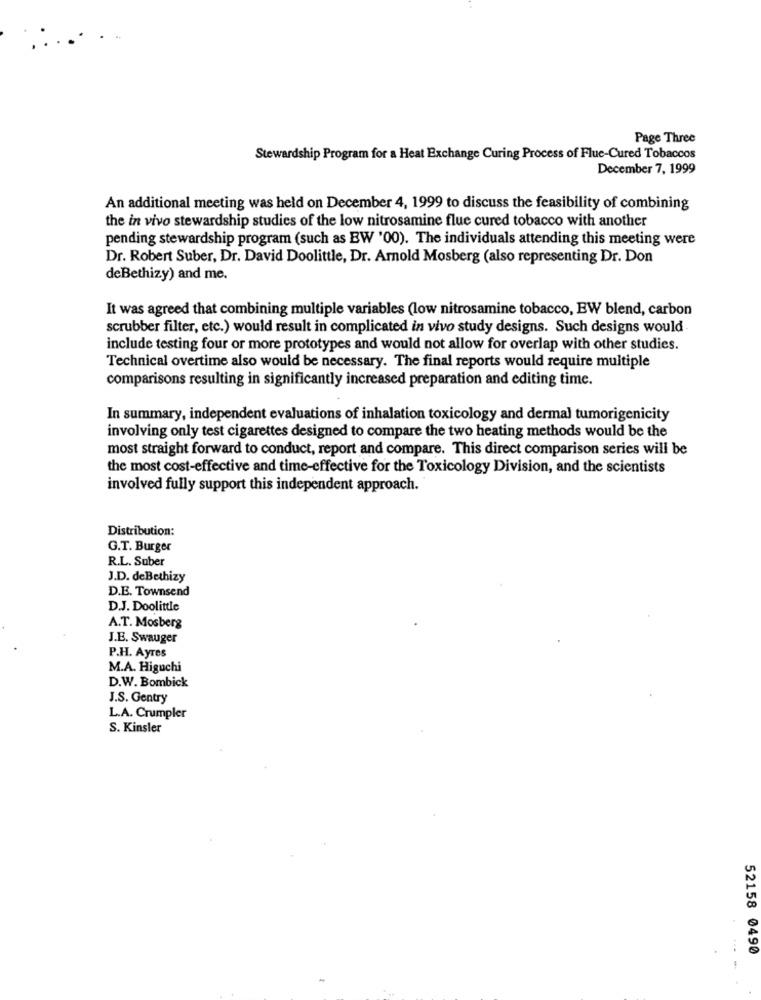
Page Three
Stewardship Program for a Heat Exchange Curing Process of Fluc-Cured Tobaccos
December 7, 1999
An additional meeting was held on December 4, 1999 to discuss the feasibility of combining
the in vivo stewardship studies of the low nitrosamine flue cured tobacco with another
pending stewardship program (such as BW '00). The individuals attending this meeting were
Dr. Robert Suber, Dr. David Doolittle, Dr. Arnold Mosberg (also representing Dr. Don
deBethizy) and me.
It was agreed that combining multiple variables (low nitrosamine tobacco, EW blend, carbon
scrubber filter, etc.) would result in complicated in vivo study designs. Such designs would.
include testing four or more prototypes and would not allow for overlap with other studies.
Technical overtime also would be necessary. The final reports would require multiple
comparisons resulting in significantly increased preparation and editing time.
In summary, independent evaluations of inhalation toxicology and dermal tumorigenicity
involving only test cigarettes designed to compare the two heating methods would be the
most straight forward to conduct, report and compare. This direct comparison series will be
the most cost-effective and time-effective for the Toxicology Division, and the scientists
involved fully support this independent approach.
Distribution:
G.T. Burger
R.L. Suber
J.D. deBethizy
D.E. Townsend
D.J. Doolittle
A.T. Mosberg
J.E. Swauger
P.H. Ayres
M.A. Higuchi
D.W. Bombick
J.S. Gentry
L.A. Crumpler
S. Kinsler
52158 0490